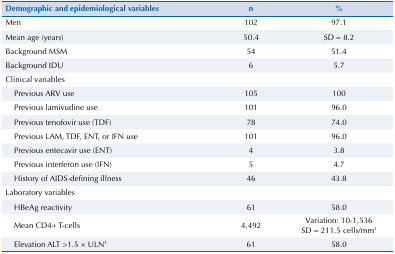
| Demographic and epidemiological variables | n | % |
 | --- | --- | --- |
 | Men | 102 | 97.1 |
 | Mean age (years) | 50.4 | SD = 8.2 |
 | Background MSM | 54 | 51.4 |
 | Background IDU | 6 | 5.7 |
 | Clinical variables |  |  |
 | Previous ARV use | 105 | 100 |
 | Previous lamivudine use | 101 | 96.0 |
 | Previous tenofovir use (TDF) | 78 | 74.0 |
 | Previous LAM, TDF, ENT, or IFN use | 101 | 96.0 |
 | Previous entecavir use (ENT) | 4 | 3.8 |
 | Previous interferon use (IFN) | 5 | 4.7 |
 | History of AIDS-defining illness | 46 | 43.8 |
 | Laboratory variables |  |  |
 | HBeAg reactivity | 61 | 58.0 |
 | Mean CD4+ T-cells | 4,492 | Variation: 10-1,536 SD = 211.5 cells/mm3 |
 | Elevation ALT >1.5 × ULN† | 61 | 58.0 |